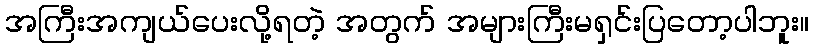
အကြီးအကျယ်ပေးလို့ရတဲ့ အတွက် အများကြီးမရှင်းပြတော့ပါဘူး။